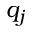
q _ { j }